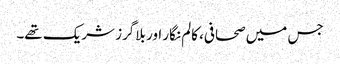
جس میں صحافی، کالم نگار اور بلاگرز شریک تھے۔